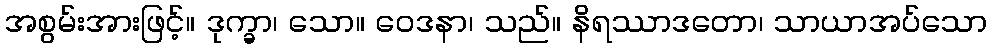
အစွမ်းအားဖြင့်။ ဒုက္ခာ၊ သော။ ဝေဒနာ၊ သည်။ နိရဿာဒတော၊ သာယာအပ်သော